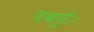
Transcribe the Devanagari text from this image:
पावापुरी।